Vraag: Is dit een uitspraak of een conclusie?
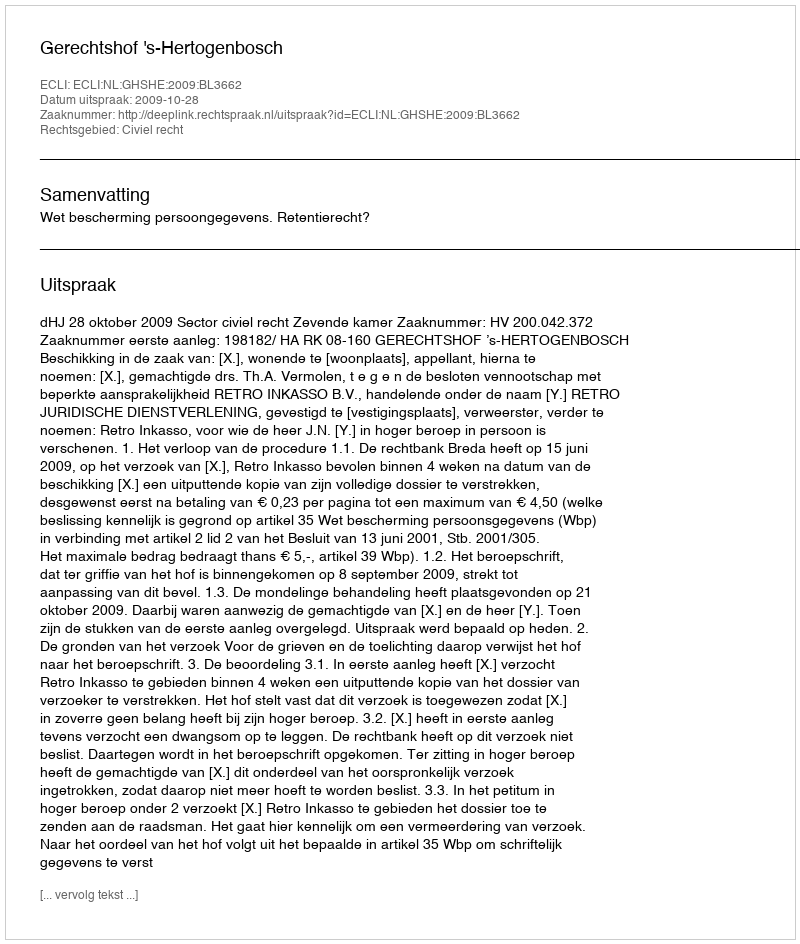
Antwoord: Uitspraak